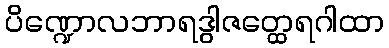
ပိဏ္ဍောလဘာရဒွါဇတ္ထေရဂါထာ